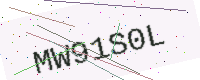
Text: MW91S0L